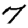
Digit: 7